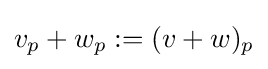
v_{p}+w_{p}:=(v+w)_{p}